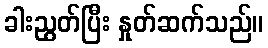
ခါးညွတ်ပြီး နှုတ်ဆက်သည်။